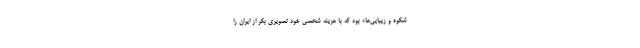
شکوه و زیبایی‌ها» بود که با هزینه شخصی خود تصویری بکر از ایران را